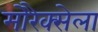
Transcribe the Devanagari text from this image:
मोरैक्सेला